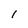
Character: I